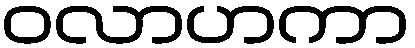
ဝလာဟကာ